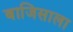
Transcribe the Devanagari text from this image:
बाजिसाला